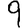
Digit: 9